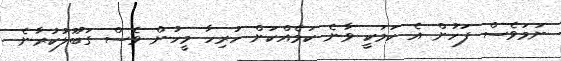
ނަމަވެސް ފަހުން އެ ކަމަކީ ވާނެ ކަމެއްކަން ހުރިހާ މީހުން ވެސް ގަބޫލުކުރާނެ